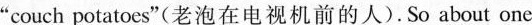
"couch potatoes"(老泡在电视机前的人).So about one